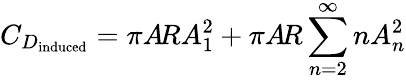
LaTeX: C_{D_{\mathrm{induced}}}=\pi A\! RA_{1}^{2}+\pi A\! R\sum_{n=2}^{\infty}nA_{n}^{2}